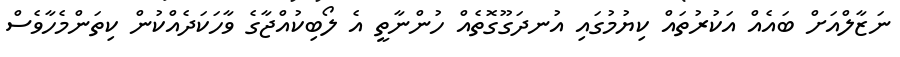
ނަޒާލްއަށް ބައެއް އަކުރުތައް ކިޔުމުގައި އުނދަގޫގޮތެއް ހުންނާތީ އެ ލޯބިކުއްޖާގެ ވާހަކަދެއްކުން ކިތަންމެހާވެސް